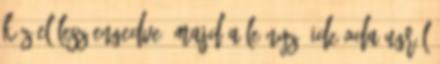
kéz el lesz engedve, majd a leányzó ide-oda ugrál